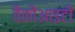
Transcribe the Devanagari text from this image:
वैकौआइटी